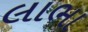
લાભા